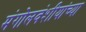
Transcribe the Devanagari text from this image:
मंगोलवंशीयांच्या